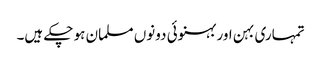
تمہاری بہن اور بہنوئی دونوں مسلمان ہو چکے ہیں۔